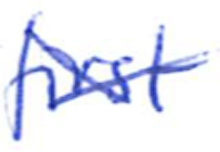
Text: first
Cross-out: cross
Writing tool: ballpoint